Report of an investigation into the causes of malaria in Bombay and the measures necessary for its control
Disease focus: Malaria
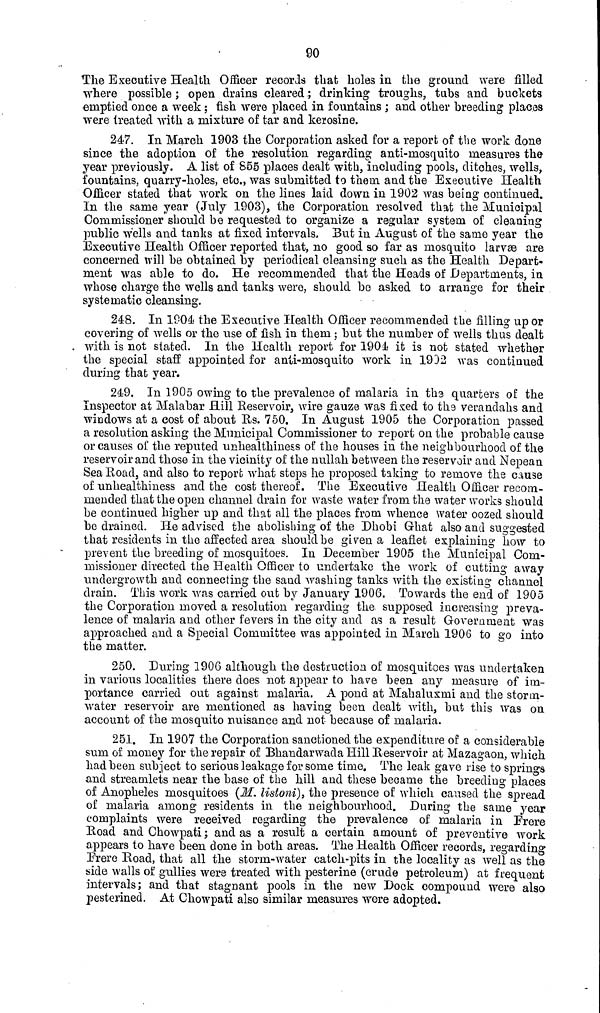
90
The Executive Health Officer records that holes in the ground were filled
where possible; open drains cleared.; drinking troughs, tubs and buckets
emptied once a week ; fish were placed in fountains ; and other breeding places
were treated with a mixture of tar and kerosine.
247. In March 1903 the Corporation asked for a report of the work done
since the adoption of the resolution regarding anti-mosquito measures the
year previously. A list of 855 places dealt with, including pools, ditches, wells,
fountains, quarry-holes, etc., was submitted to them and the Executive Health
Officer stated that work on the lines laid down in 1902 was being continued.
In the same year (July 1903), the Corporation resolved that the Municipal
Commissioner should be requested to organize a regular system of cleaning
public wells and tanks at fixed intervals. But in August of the same year the
Executive Health Officer reported that, no good so far as mosquito larvæ are
concerned will be obtained by periodical cleansing such as the Health Depart-
ment was able to do. He recommended that the Heads of Departments, in
whose charge the wells and tanks were, should be asked to arrange for their
systematic cleansing.
248. In 1904 the Executive Health Officer recommended the filling up or
covering of wells or the use of fish in them ; but the number of wells thus dealt
with is not stated. In the Health report for 1904 it is not stated whether
the special staff appointed for anti-mosquito work in 1932 was continued
during that year.
249. In 1905 owing to the prevalence of malaria in the quarters of the
Inspector at Malabar Hill Reservoir, wire gauze was fixed to the verandahs and
windows at a cost of about Us. 750. In August 1905 the Corporation passed
a resolution asking the Municipal Commissioner to report on the probable cause
or causes of the reputed unhealthiness of the houses in the neighbourhood of the
reservoir and those in the vicinity of the nullah between the reservoir and Nepean
Sea Road, and also to report what steps he proposed taking to remove the cause
of unhealthiness and the cost thereof. The Executive Health Officer recom-
mended that the open channel drain for waste water from the water works should
be continued higher up and that all the places from whence water oozed should
be drained. He advised the abolishing of the Dhobi Ghat also and suggested
that residents in the affected area should be given a leaflet explaining how to
prevent the breeding of mosquitoes. In December 1905 the Municipal Com-
missioner directed the Health Officer to undertake the work of cutting away
undergrowth and connecting the sand washing tanks with the existing channel
drain. This work was carried out by January 1906. Towards the end of 1905
the Corporation moved a resolution regarding the supposed increasing preva-
lence of malaria and other fevers in the city and as a result Government was
approached and a Special Committee was appointed in March 1906 to go into
the matter.
250. During 1906 although the destruction of mosquitoes was undertaken
in various localities there does not appear to have been any measure of im-
portance carried out against malaria. A pond at Mahaluxmi and the storm-
water reservoir are mentioned as having been dealt with, but this was on
account of the mosquito nuisance and not because of malaria.
251. In 1907 the Corporation sanctioned the expenditure of a considerable
sum of money for the repair of Bhandarwada Hill Reservoir at Mazagaon, which
had been subject to serious leakage for some time. The leak gave rise to springs
and streamlets near the base of the hill and these became the breeding places
of Anopheles mosquitoes (M. listoni), the presence of which caused the spread
of malaria among residents in the neighbourhood. During the same year
complaints were received regarding the prevalence of malaria in Frere
Road and Chowpati ; and as a result a certain amount of preventive work
appears to have been done in both areas. The Health Officer records, regarding
Frere Road, that all the storm-water catch-pits in the locality as well as the
side walls of gullies were treated with pesterine (crude petroleum) at frequent
intervals; and that stagnant pools in the new Dock compound were also
pesterined. At Chowpati also similar measures were adopted.